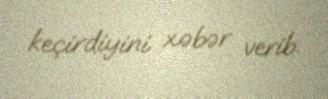
keçirdiyini xəbər verib.